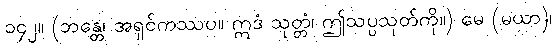
၁၄၂။ (ဘန္တေ၊ အရှင်ကဿပ။ ဣဒံ သုတ္တံ၊ ဤသပ္ပသုတ်ကို။) မေ (မယာ)၊